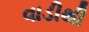
વાડીથી